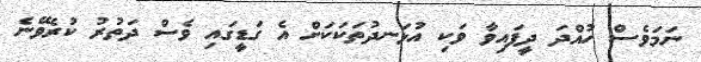
ނަމަވެސް ހުއްދަ ދީފައިވާ ވަކި އުޅަނދުތަކަކަށް އެ ގަޑީގައި ވެސް ދަތުރު ކުރެވޭނެ